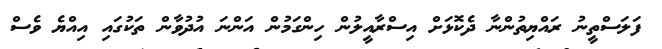
ފަލަސްތީނު ރައްޔިތުންނާ ދެކޮޅަށް އިސްރާއީލުން ހިންގަމުން އަންނަ އުދުވާން ތަކުގައި އިއްޔެ ވެސް